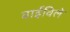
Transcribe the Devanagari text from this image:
वाईविले